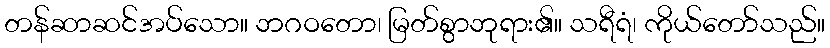
တန်ဆာဆင်အပ်သော။ ဘဂဝတော၊ မြတ်စွာဘုရား၏။ သရီရံ၊ ကိုယ်တော်သည်။